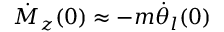
\dot { M } _ { z } ( 0 ) \approx - m \dot { \theta } _ { l } ( 0 )